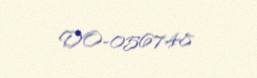
DO-056748